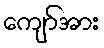
ကျော်အား